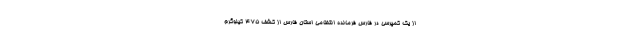
از یک کمپرسی در فارس فرمانده انتظامی استان فارس از کشف ۴۷۵ کیلوگرم